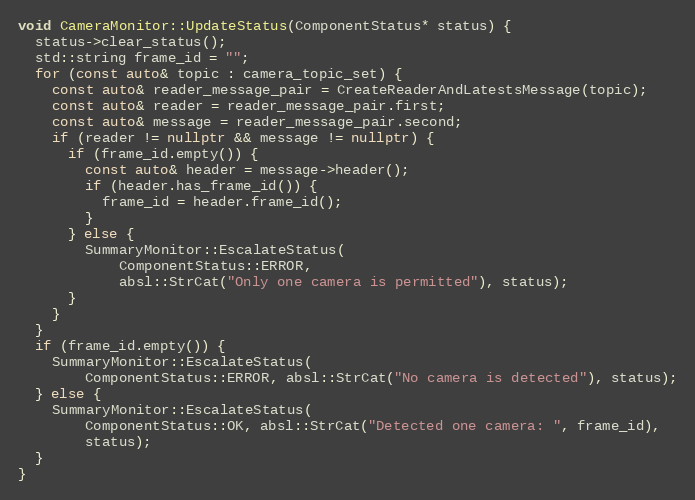
Language: C++
void CameraMonitor::UpdateStatus(ComponentStatus* status) {
  status->clear_status();
  std::string frame_id = "";
  for (const auto& topic : camera_topic_set) {
    const auto& reader_message_pair = CreateReaderAndLatestsMessage(topic);
    const auto& reader = reader_message_pair.first;
    const auto& message = reader_message_pair.second;
    if (reader != nullptr && message != nullptr) {
      if (frame_id.empty()) {
        const auto& header = message->header();
        if (header.has_frame_id()) {
          frame_id = header.frame_id();
        }
      } else {
        SummaryMonitor::EscalateStatus(
            ComponentStatus::ERROR,
            absl::StrCat("Only one camera is permitted"), status);
      }
    }
  }
  if (frame_id.empty()) {
    SummaryMonitor::EscalateStatus(
        ComponentStatus::ERROR, absl::StrCat("No camera is detected"), status);
  } else {
    SummaryMonitor::EscalateStatus(
        ComponentStatus::OK, absl::StrCat("Detected one camera: ", frame_id),
        status);
  }
}